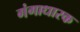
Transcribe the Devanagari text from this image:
गंगाधारक